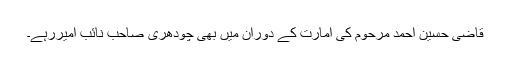
قاضی حسین احمد مرحوم کی امارت کے دوران میں بھی چودھری صاحب نائب امیررہے۔